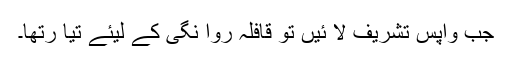
جب واپس تشریف لا ئیں تو قافلہ روا نگی کے لیئے تیا رتھا۔